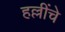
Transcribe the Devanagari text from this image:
हल्लींचे